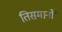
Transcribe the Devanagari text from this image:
तिसमानों